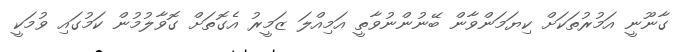
ގާނޫނީ އަމުރުތަކަށް ކިޔަމަންވާން ބޭނުންނުވާތީ އަމިއްލަ ޒަމީރު އެގޮތަށް ގޮވާލުމުން ކަމުގައި ވުމަކީ